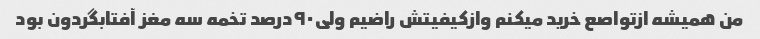
من همیشه ازتواصع خرید میکنم وازکیفیتش راضیم ولی۹۰درصد تخمه سه مغز آفتابگردون بود